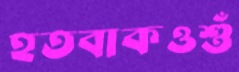
হতবাকওশুঁ